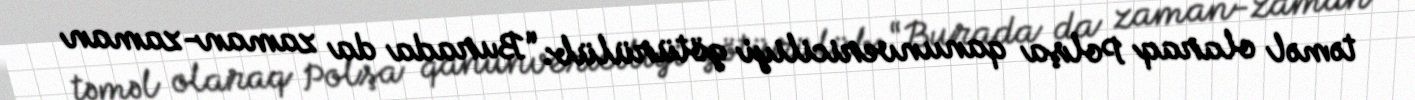
təməl olaraq Polşa qanunvericiliyi götürülüb: “Burada da zaman-zaman